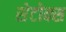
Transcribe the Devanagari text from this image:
सेटोक्स